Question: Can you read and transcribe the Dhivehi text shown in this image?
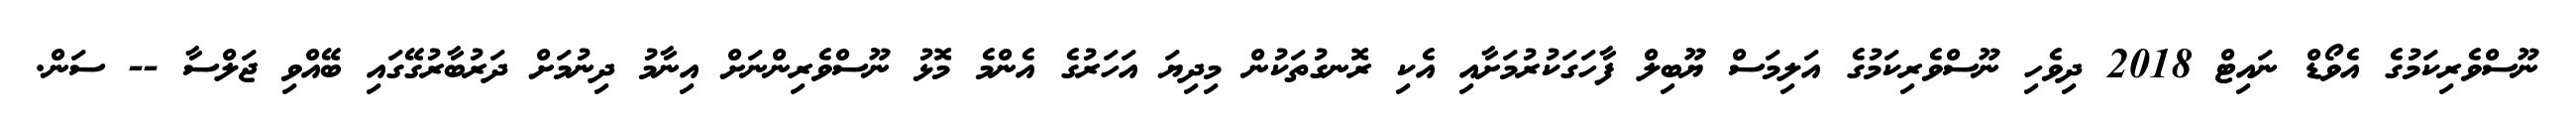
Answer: ނޫސްވެރިކަމުގެ އެވޯޑް ނައިޓް 2018 ދިވެހި ނޫސްވެރިކަމުގެ އަލިމަސް ޔޫބިލް ފާހަގަކުރުމަށާއި އެކި ރޮނގުތަކުން މިދިޔަ އަހަރުގެ އެންމެ މޮޅު ނޫސްވެރިންނަށް އިނާމު ދިނުމަށް ދަރުބާރުގޭގައި ބޭއްވި ޖަލްސާ -- ސަން.